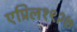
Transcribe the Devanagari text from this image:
एप्रिल१९२७